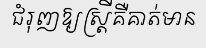
ជំរុញឱ្យស្ត្រីគឺគាត់មាន